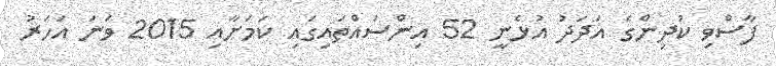
ފާސްވި ކުދިންގެ އަދަދު އުޅެނީ 52 އިންސައްތައިގައި ކަމަށާއި 2015 ވަނަ އަހަރު